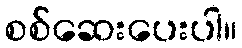
စစ်ဆေးပေးပါ။